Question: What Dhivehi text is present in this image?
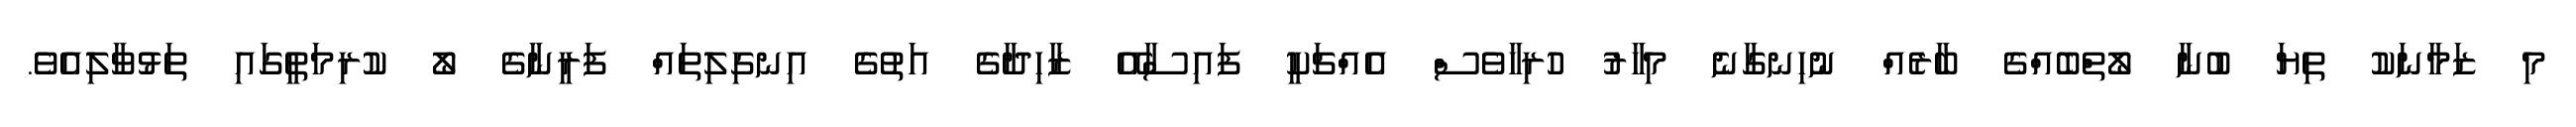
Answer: މި ޒަމާނަކު ތިޔަ ބުނާ ލޯތްބެއްގެ ބާރެއް ނުހިނގާނެ މިހާރު ހުރިހާވެސް އެއްޗަކީ ފައިސާއޭ ޒާހިދާގެ އަތުގެ އިނގިލިތައް ފަރީނާގެ ލޯ ކުރިމަތީގައި ތަޅުވާލިއެވެ.